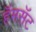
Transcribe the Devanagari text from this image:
हॅमसॅट